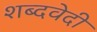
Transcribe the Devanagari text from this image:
शब्दवेदी